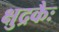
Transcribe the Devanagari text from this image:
क्षुद्रकैः